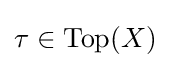
\tau \in \operatorname {Top} (X)